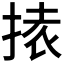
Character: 𭡉